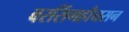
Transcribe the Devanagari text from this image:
बरसिंगहौयसन